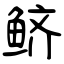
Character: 鲚